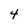
Character: 4